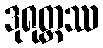
ဒုရုတ္တဿ